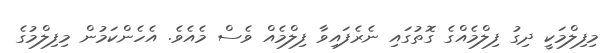
މިފިލްމަކީ ދިގު ފިލްމެއްގެ ގޮތުގައި ނެރެފައިވާ ފިލްމެއް ވެސް މެއެވެ. އެހެންކަމުން މިފިލްމުގެ